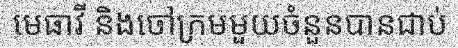
មេធាវី និងចៅក្រមមួយចំនួនបានជាប់